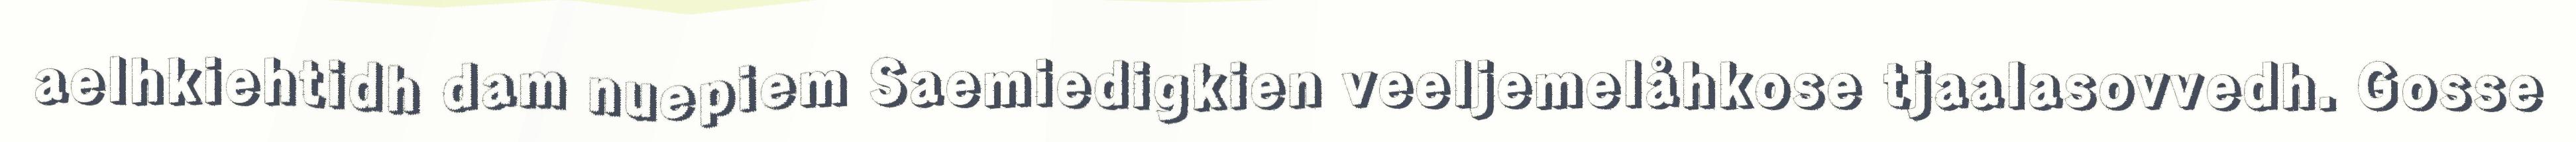
aelhkiehtidh dam nuepiem Saemiedigkien veeljemelåhkose tjaalasovvedh. Gosse